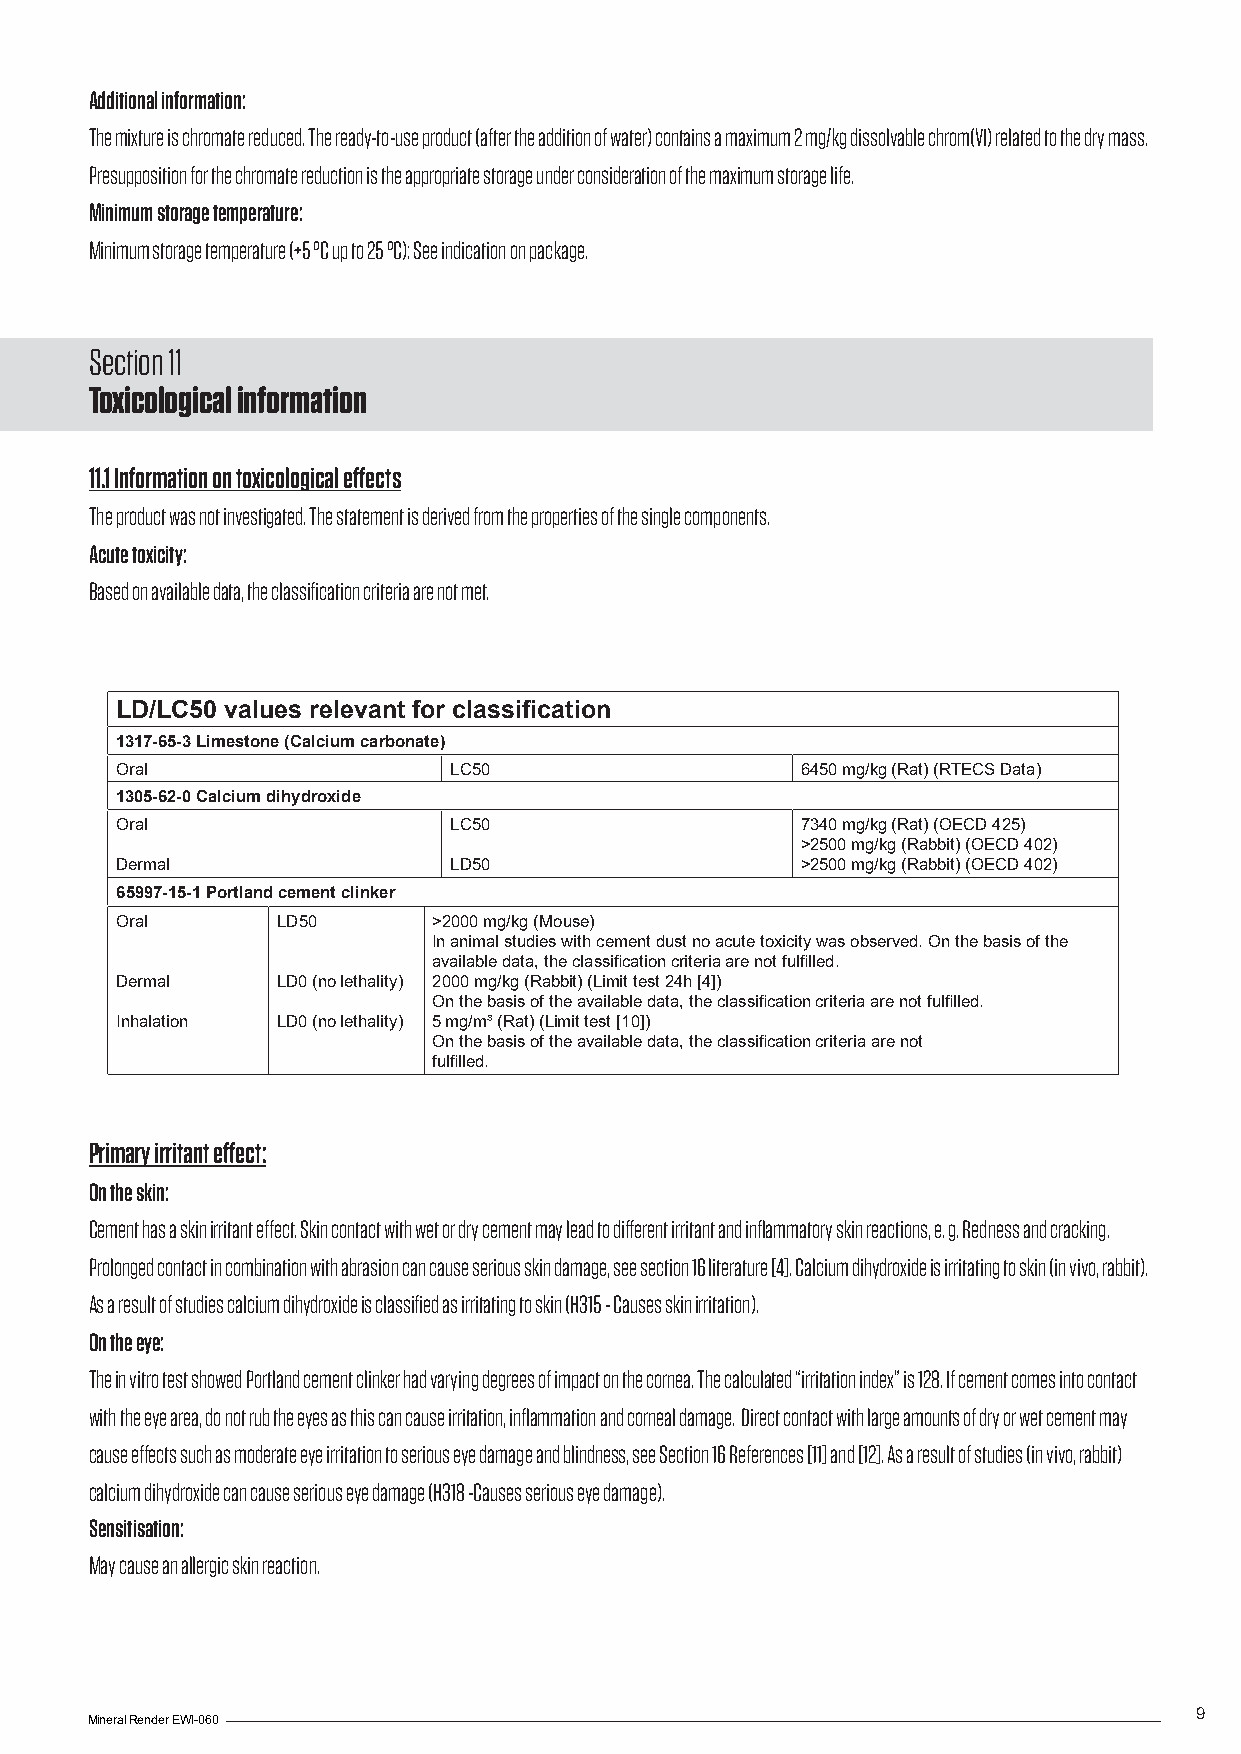
Additional information:
 The mixture is chromate reduced. The ready-to-use product (after the addition of water) contains a maximum 2 mg/kg dissolvable chrom(VI) related to the dry mass.
 Presupposition for the chromate reduction is the appropriate storage under consideration of the maximum storage life.
 Minimum storage temperature:
 Minimum storage temperature (+5 °C up to 25 °C): See indication on package.
 Section 11
 Toxicological information
 11.1 Information on toxicological effects
 The product was not investigated. The statement is derived from the properties of the single components.
 Acute toxicity:
 Based on available data, the classification criteria are not met.
 LD/LC50 values relevant for classification
 1317-65-3 Limestone (Calcium carbonate)
 Oral                  LC50                   6450 mg/kg (Rat) (RTECS Data)
 1305-62-0 Calcium dihydroxide
 Oral                  LC50                   7340 mg/kg (Rat) (OECD 425)
 >2500 mg/kg (Rabbit) (OECD 402)
 Dermal                LD50                   >2500 mg/kg (Rabbit) (OECD 402)
 65997-15-1 Portland cement clinker
 Oral      LD50       >2000 mg/kg (Mouse)
 In animal studies with cement dust no acute toxicity was observed. On the basis of the
 available data, the classification criteria are not fulfilled.
 Dermal    LD0 (no lethality) 2000 mg/kg (Rabbit) (Limit test 24h [4])
 On the basis of the available data, the classification criteria are not fulfilled.
 Inhalation LD0 (no lethality) 5 mg/m³ (Rat) (Limit test [10])
 On the basis of the available data, the classification criteria are not
 fulfilled.
 Primary irritant effect:
 On the skin:
 Cement has a skin irritant effect. Skin contact with wet or dry cement may lead to different irritant and inflammatory skin reactions, e. g. Redness and cracking.
 Prolonged contact in combination with abrasion can cause serious skin damage, see section 16 literature [4]. Calcium dihydroxide is irritating to skin (in vivo, rabbit).
 As a result of studies calcium dihydroxide is classified as irritating to skin (H315 - Causes skin irritation).
 On the eye:
 The in vitro test showed Portland cement clinker had varying degrees of impact on the cornea. The calculated “irritation index” is 128. If cement comes into contact
 with the eye area, do not rub the eyes as this can cause irritation, inflammation and corneal damage. Direct contact with large amounts of dry or wet cement may
 cause effects such as moderate eye irritation to serious eye damage and blindness, see Section 16 References [11] and [12]. As a result of studies (in vivo, rabbit)
 calcium dihydroxide can cause serious eye damage (H318 -Causes serious eye damage).
 Sensitisation:
 May cause an allergic skin reaction.
 9
 Mineral Render EWI-060